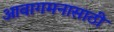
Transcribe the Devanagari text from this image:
आवागमनासाठी